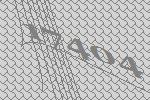
17404